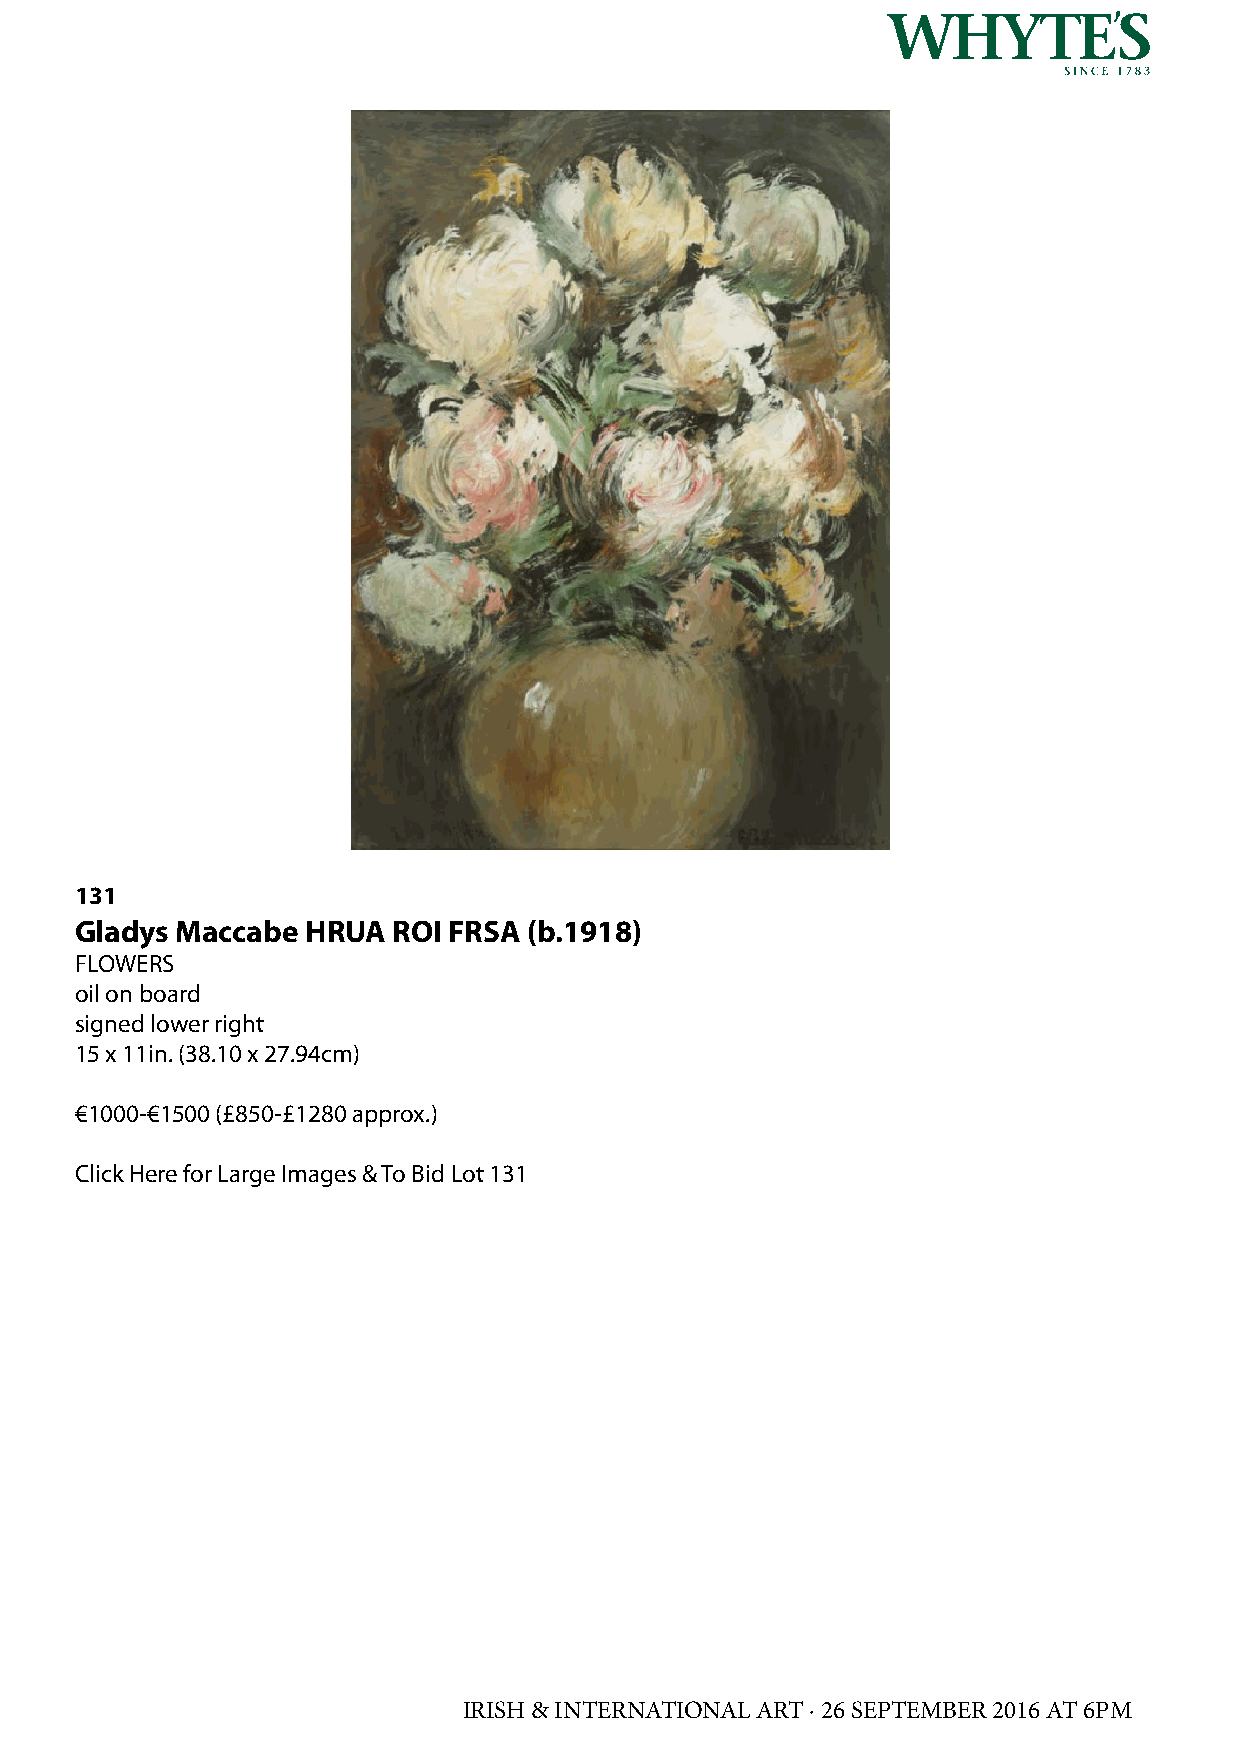
131
 Gladys Maccabe HRUA  ROI FRSA (b.1918)
 FLOWERS
 oil on board
 signed lower right
 15 x 11in. (38.10 x 27.94cm)
 €1000-€1500 (£850-£1280 approx.)
 Click Here for Large Images & To Bid Lot 131
 IRISH & INTERNATIONAL ART · 26 SEPTEMBER 2016 AT 6PM